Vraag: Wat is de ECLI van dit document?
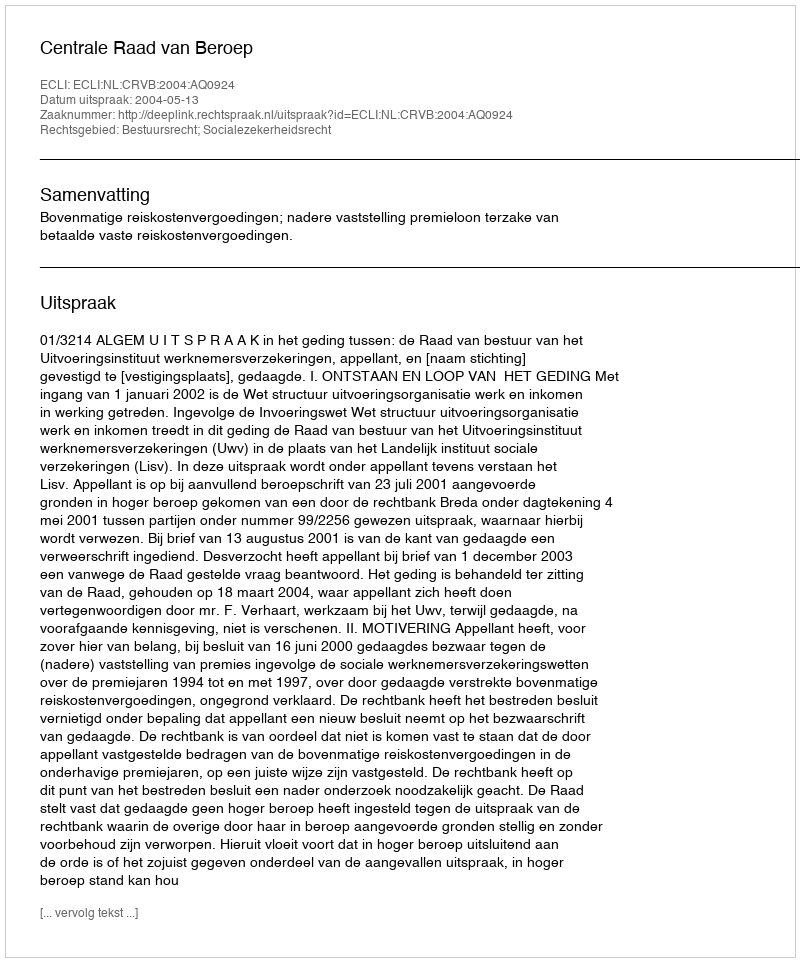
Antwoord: ECLI:NL:CRVB:2004:AQ0924